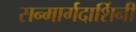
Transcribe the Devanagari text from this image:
सन्मार्गदार्शिनी